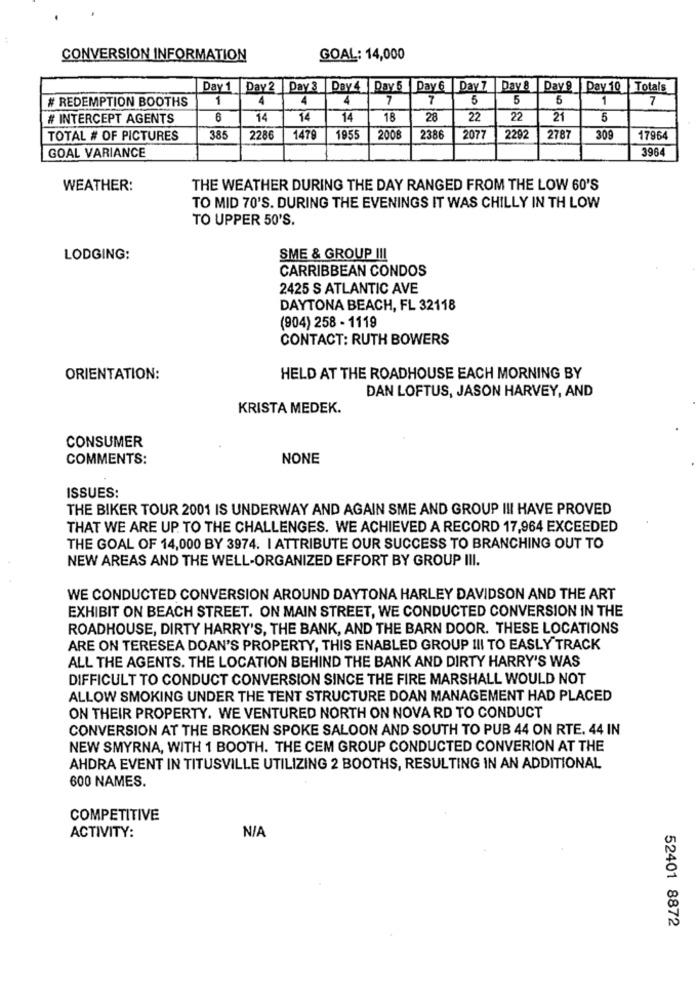
CONVERSION INFORMATION
GOAL: 14,000
Day 1 Day 2 Day 3 Day 4 Day 5 Day 6 Day 7 Day & Day9 Day 10 Totals
# REDEMPTION BOOTHS
1
4
4
4
7
7
5
5
5
1
7
# INTERCEPT AGENTS
6
14
14
14
18
28
22
22
21
5
TOTAL # OF PICTURES
385
2286
1479
1955
2008
2386
2077
2292
2787
309
17964
GOAL VARIANCE
3964
WEATHER:
THE WEATHER DURING THE DAY RANGED FROM THE LOW 60'S
TO MID 70'S. DURING THE EVENINGS IT WAS CHILLY IN TH LOW
TO UPPER 50'S.
LODGING:
SME & GROUP III
CARRIBBEAN CONDOS
2425 S ATLANTIC AVE
DAYTONA BEACH, FL 32118
(904) 258 - 1119
CONTACT: RUTH BOWERS
ORIENTATION:
HELD AT THE ROADHOUSE EACH MORNING BY
DAN LOFTUS, JASON HARVEY, AND
KRISTA MEDEK.
CONSUMER
COMMENTS:
NONE
ISSUES:
THE BIKER TOUR 2001 IS UNDERWAY AND AGAIN SME AND GROUP I!I HAVE PROVED
THAT WE ARE UP. TO THE CHALLENGES. WE ACHIEVED A RECORD 17,964 EXCEEDED
THE GOAL OF 14,000 BY 3974. I ATTRIBUTE OUR SUCCESS TO BRANCHING OUT TO
NEW AREAS AND THE WELL-ORGANIZED EFFORT BY GROUP III.
WE CONDUCTED CONVERSION AROUND DAYTONA HARLEY DAVIDSON AND THE ART
EXHIBIT ON BEACH STREET. ON MAIN STREET, WE CONDUCTED CONVERSION IN THE
ROADHOUSE, DIRTY HARRY'S, THE BANK, AND THE BARN DOOR. THESE LOCATIONS
ARE ON TERESEA DOAN'S PROPERTY, THIS ENABLED GROUP III TO EASLY TRACK
ALL THE AGENTS. THE LOCATION BEHIND THE BANK AND DIRTY HARRY'S WAS
DIFFICULT TO CONDUCT CONVERSION SINCE THE FIRE MARSHALL WOULD NOT
ALLOW SMOKING UNDER THE TENT STRUCTURE DOAN MANAGEMENT HAD PLACED
ON THEIR PROPERTY. WE VENTURED NORTH ON NOVA RD TO CONDUCT
CONVERSION AT THE BROKEN SPOKE SALOON AND SOUTH TO PUB 44 ON RTE. 44 IN
NEW SMYRNA, WITH 1 BOOTH. THE CEM GROUP CONDUCTED CONVERION AT THE
AHDRA EVENT IN TITUSVILLE UTILIZING 2 BOOTHS, RESULTING IN AN ADDITIONAL
600 NAMES.
COMPETITIVE
ACTIVITY:
52401 8872